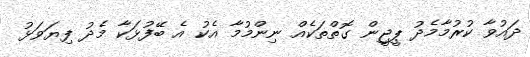
ދައުވާ ކުރުމާމެދު ޕީޖީން ގޮތްތަކެއް ނިންމުމާ އެކު އެ ބޭފުޅަކާ މެދު ފިޔަވަޅު